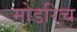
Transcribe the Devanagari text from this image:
मोडरिच